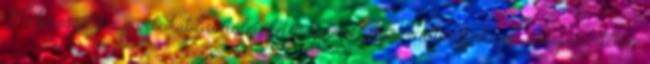
Ne keresgéld a gombokat Érintőfelületen vezérelhetsz minden funkciót Kompatibilitás: